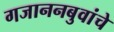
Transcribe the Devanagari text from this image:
गजाननबुवांचे